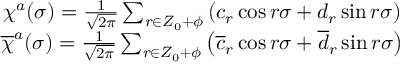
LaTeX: \begin{array} { c c c } { { \chi ^ { a } ( \sigma ) = \frac 1 { \sqrt { 2 \pi } } \sum _ { r \in Z _ { 0 } + \phi } \left( c _ { r } \cos { r \sigma } + d _ { r } \sin { r \sigma } \right) } } & { { } } & { { } } \\ { { \overline { { { \chi } } } ^ { a } ( \sigma ) = \frac 1 { \sqrt { 2 \pi } } \sum _ { r \in Z _ { 0 } + \phi } \left( \overline { { { c } } } _ { r } \cos { r \sigma } + \overline { { { d } } } _ { r } \sin { r \sigma } \right) } } & { { } } & { { } } \end{array}